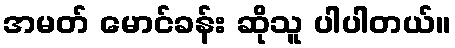
အမတ် မောင်ခန်း ဆိုသူ ပါပါတယ်။